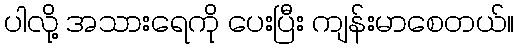
ပါလို့ အသားရေကို ပေးပြီး ကျန်းမာစေတယ်။